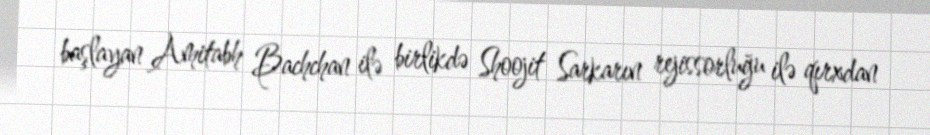
başlayan Amitabh Bachchan ilə birlikdə Shoojit Sarkarın rejissorluğu ilə qırxdan